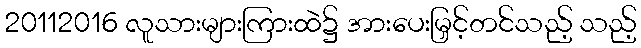
20112016 လူသားများကြားထဲ၌ အားပေးမြှင့်တင်သည့် သည့်